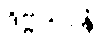
ဒိဗ္ဗယာနံ